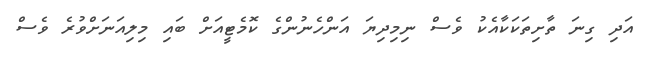
އަދި ގިނަ ތާށިތަކަކާއެކު ވެސް ނިމިދިޔަ އަންހެނުންގެ ކޮމެޓީއަށް ބައި މިލިއަނަށްވުރެ ވެސް